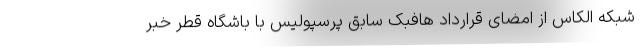
شبکه الکاس از امضای قرارداد هافبک سابق پرسپولیس با باشگاه قطر خبر